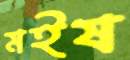
মইষ